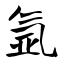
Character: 氩